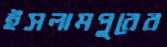
ইসলামপুরের